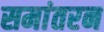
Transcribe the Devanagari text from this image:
समांतरन